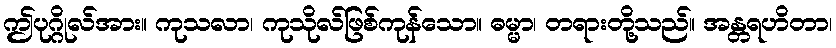
ဤပုဂ္ဂိုလ်အား။ ကုသလာ၊ ကုသိုလ်ဖြစ်ကုန်သော။ ဓမ္မာ၊ တရားတို့သည်။ အန္တရဟိတာ၊